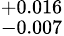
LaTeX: ^{+0.016}_{-0.007}